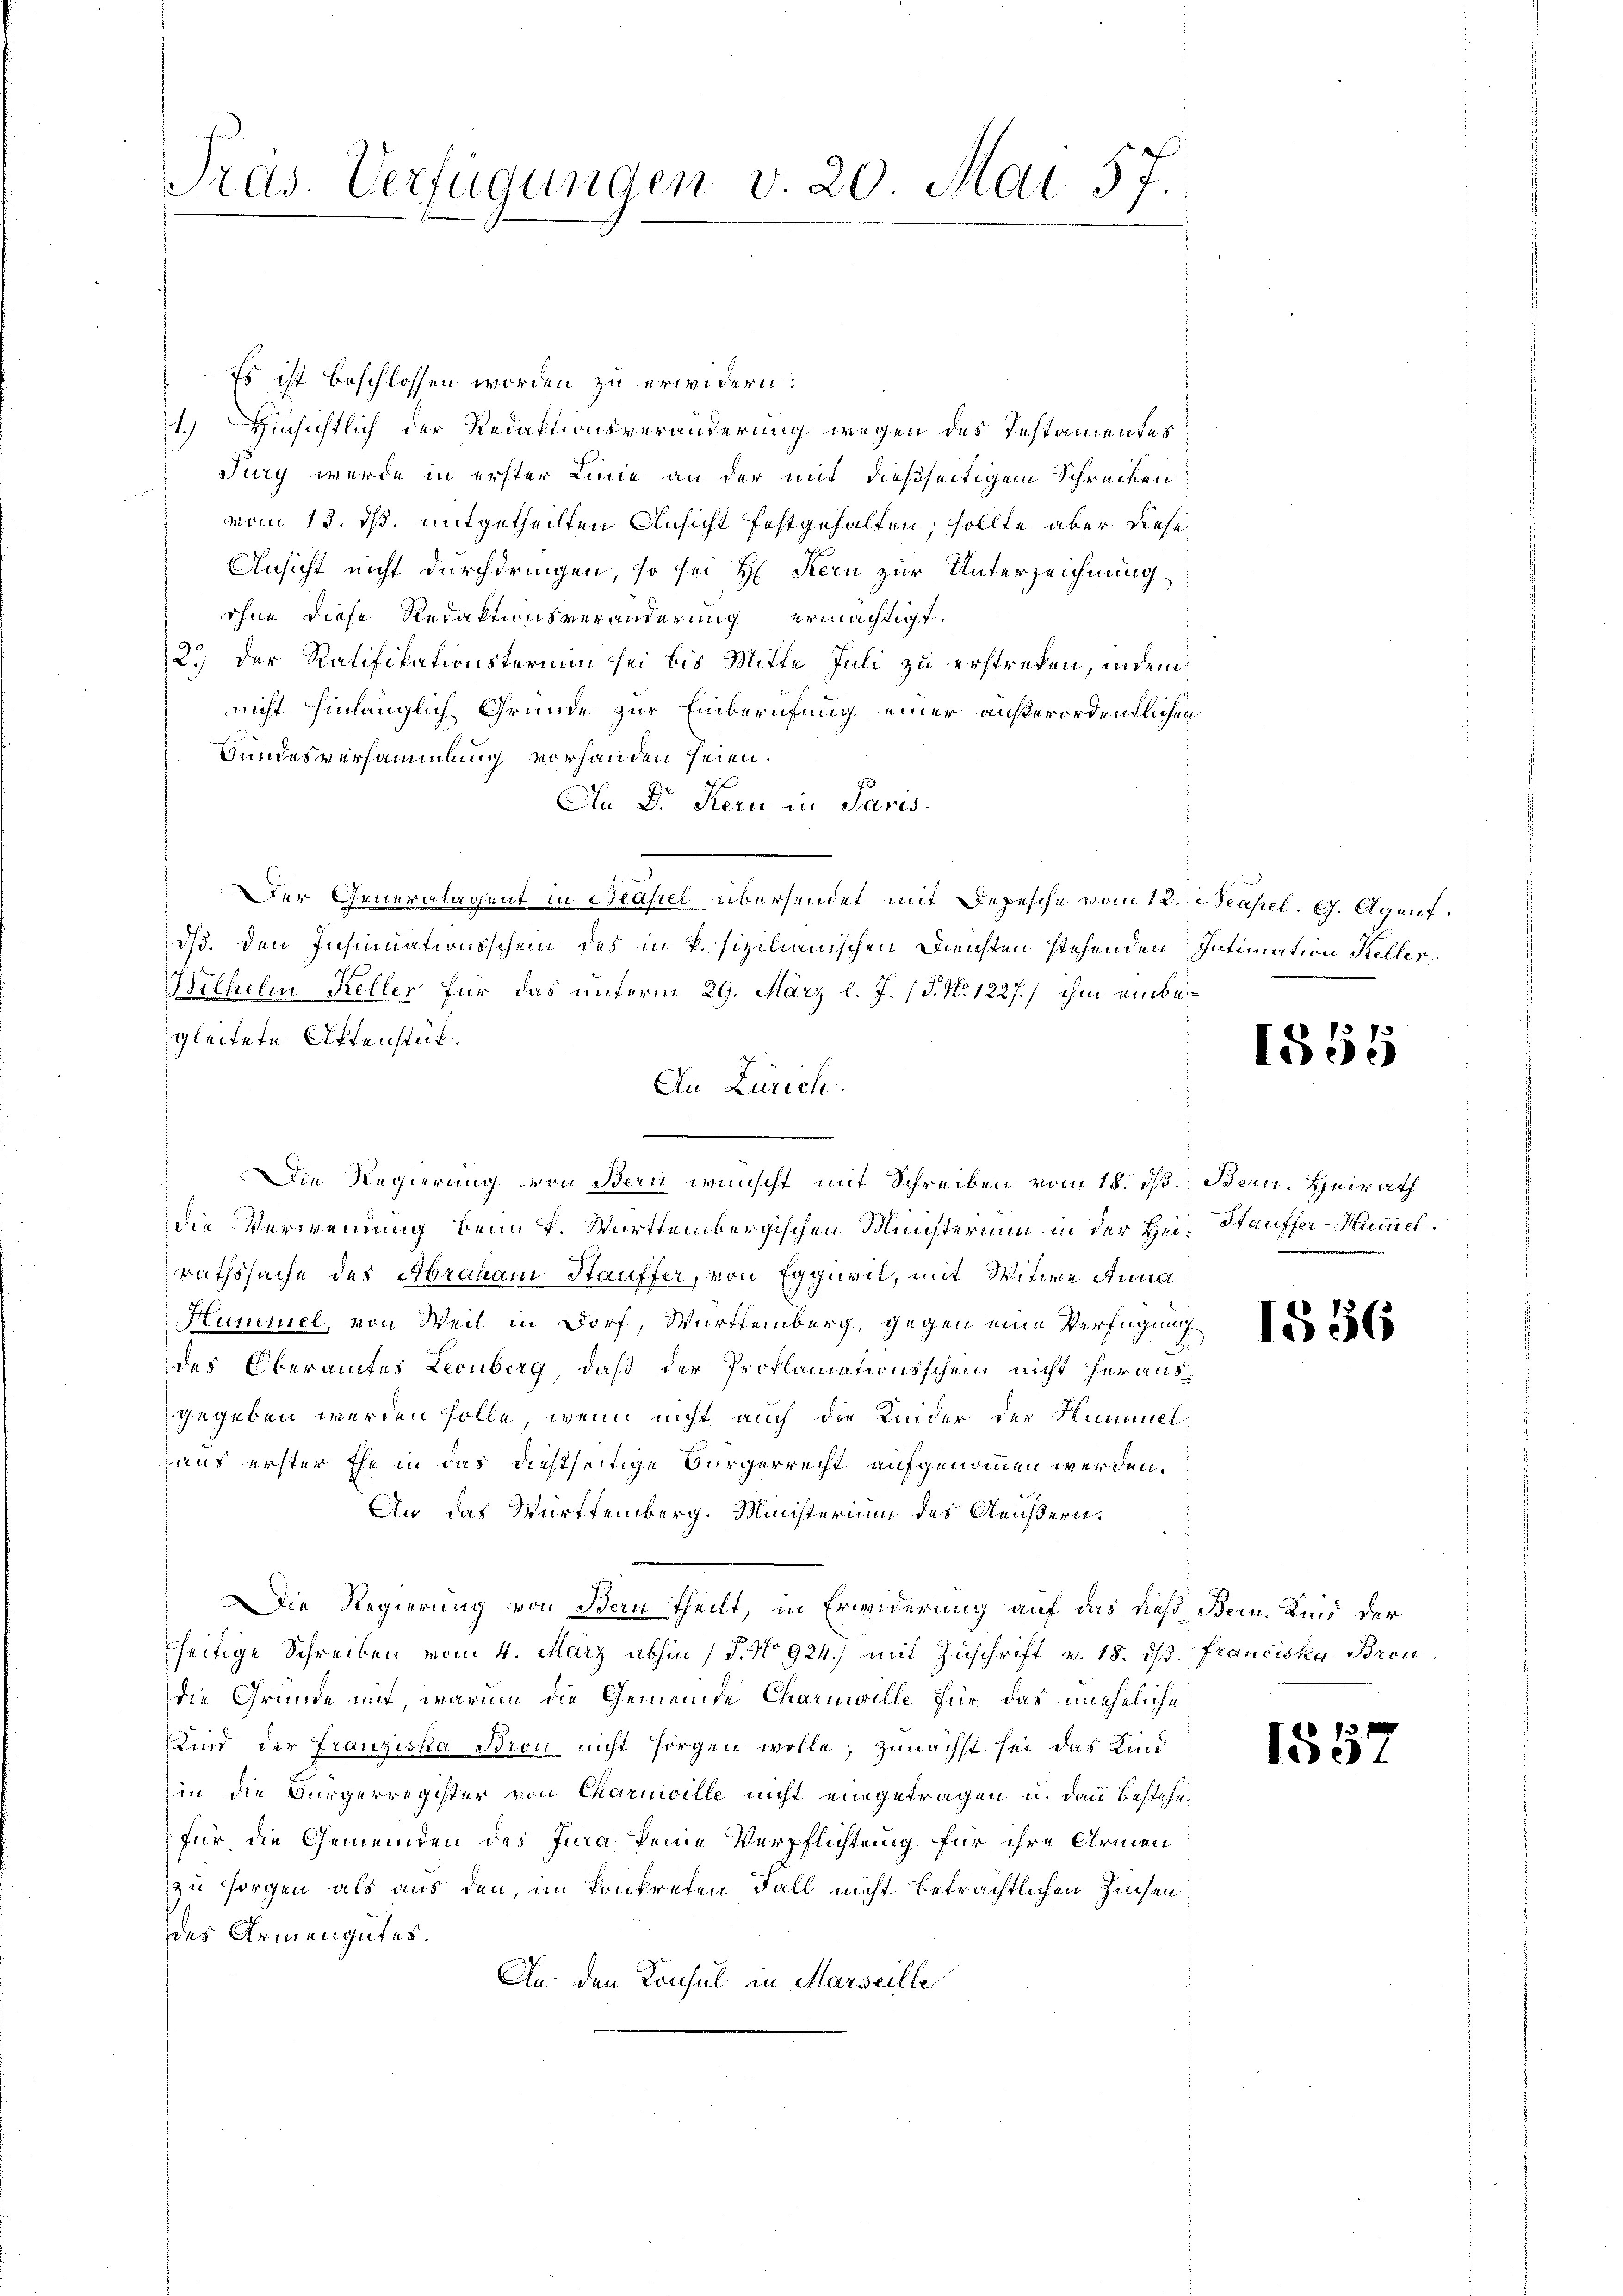
Präs. Verfügungen v. 20. Mai 57.

Es ist beschlossen worden zu erwidern:
Hinsichtlich der Redaktionsveränderung wegen des Testamentes
11)
Jury wurde in erster Linie an der mit dießseitigem Schreiben
vom 13. ds. mitgetheilten Ansicht festgehalten, sollte aber diese
Ansicht nicht durchdringen, so sei H. Kern zur Unterzeichnung
ohne diese Redaktionsveränderung ermächtigt.
2.) Der Ratifikationstermin sei bis Mitte Juli zu erstreten, indem
nicht hinlänglich Gründe zur Einberufung einer außerordentlichen
Bundesversammlung vorhanden seien.
Au Dr. Kern in Paris.
Der Generalagent in Neapel übersendet mit Depesche vom 12. Neapel. G. Agent.
dß. den Insinuationsschein des in P. sizilianischen Diensten stehenden Intimation Keller
Wilhelm Kelles für das unterm 29. März l. J. (T. No. 1227.) ihm einbegleitete Aktenstück.
An Zürich:
.
Die Regierung von Bern wünscht mit Schreiben vom 18. ds Bern. Heirath
die Verwendung beim K. Württembergischen Ministerium in der Hei-Stauffer-Hummel.
rathssache des Abraham Stauffer, von Eggiwil, mit Witwe Anna
Hummel, von Weil in Dorf, Württemberg, gegen eine Verfügung
des Oberamtes Leonberg, daß der Proklamationsschein nicht herausgegeben werden solle, wenn nicht auch die Kinder der Hummel¬
Haus erster Ehe in das dießseitige Bürgerrecht aufgenommen werden.
An das Württemberg. Ministerium des Aeußern.
ie Regierung von Bern Theilt, in Erwiderung auf das dieß Bern, Kind der
seitige Schreiben vom 4. März abhin (§. No 924.) mit Zuschrift v. 18. ds Franciska Brendie Gründe mit, warum die Gemeinde Charnwille für das uneheliche
Kind der Franziska Brou nicht sorgen wolle; zunächst sei das Kind
in die Bürgerregister von Charmille nicht eingetragen u. dann bestehen
für, die Gemeinden des Jura keine Verpflichtung für ihre Armen
zu sorgen als aus den, im Kontreten Fall nicht beträchtlichen Zinsen
des Armengutes.
An den Konsul in Marseille

1855

1556

1557